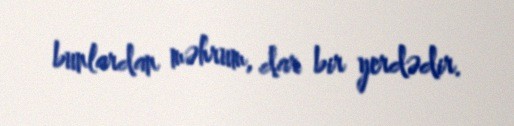
bunlardan məhrum, dar bir yerdədir.